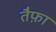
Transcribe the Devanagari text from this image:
तैफ़ा